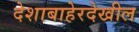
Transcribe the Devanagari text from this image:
देशाबाहेरदेखील